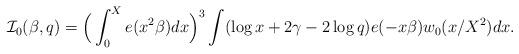
LaTeX: \begin{align*}\mathcal{I}_0(\beta,q)=\Big(\int_0^X e(x^2\beta)dx\Big)^3\int(\log x+2\gamma-2\log q)e(-x\beta)w_0(x/X^2)dx.\end{align*}